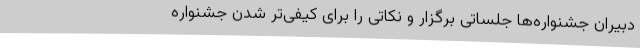
دبیران جشنواره‌ها جلساتی برگزار و نکاتی را برای کیفی‌تر شدن جشنواره